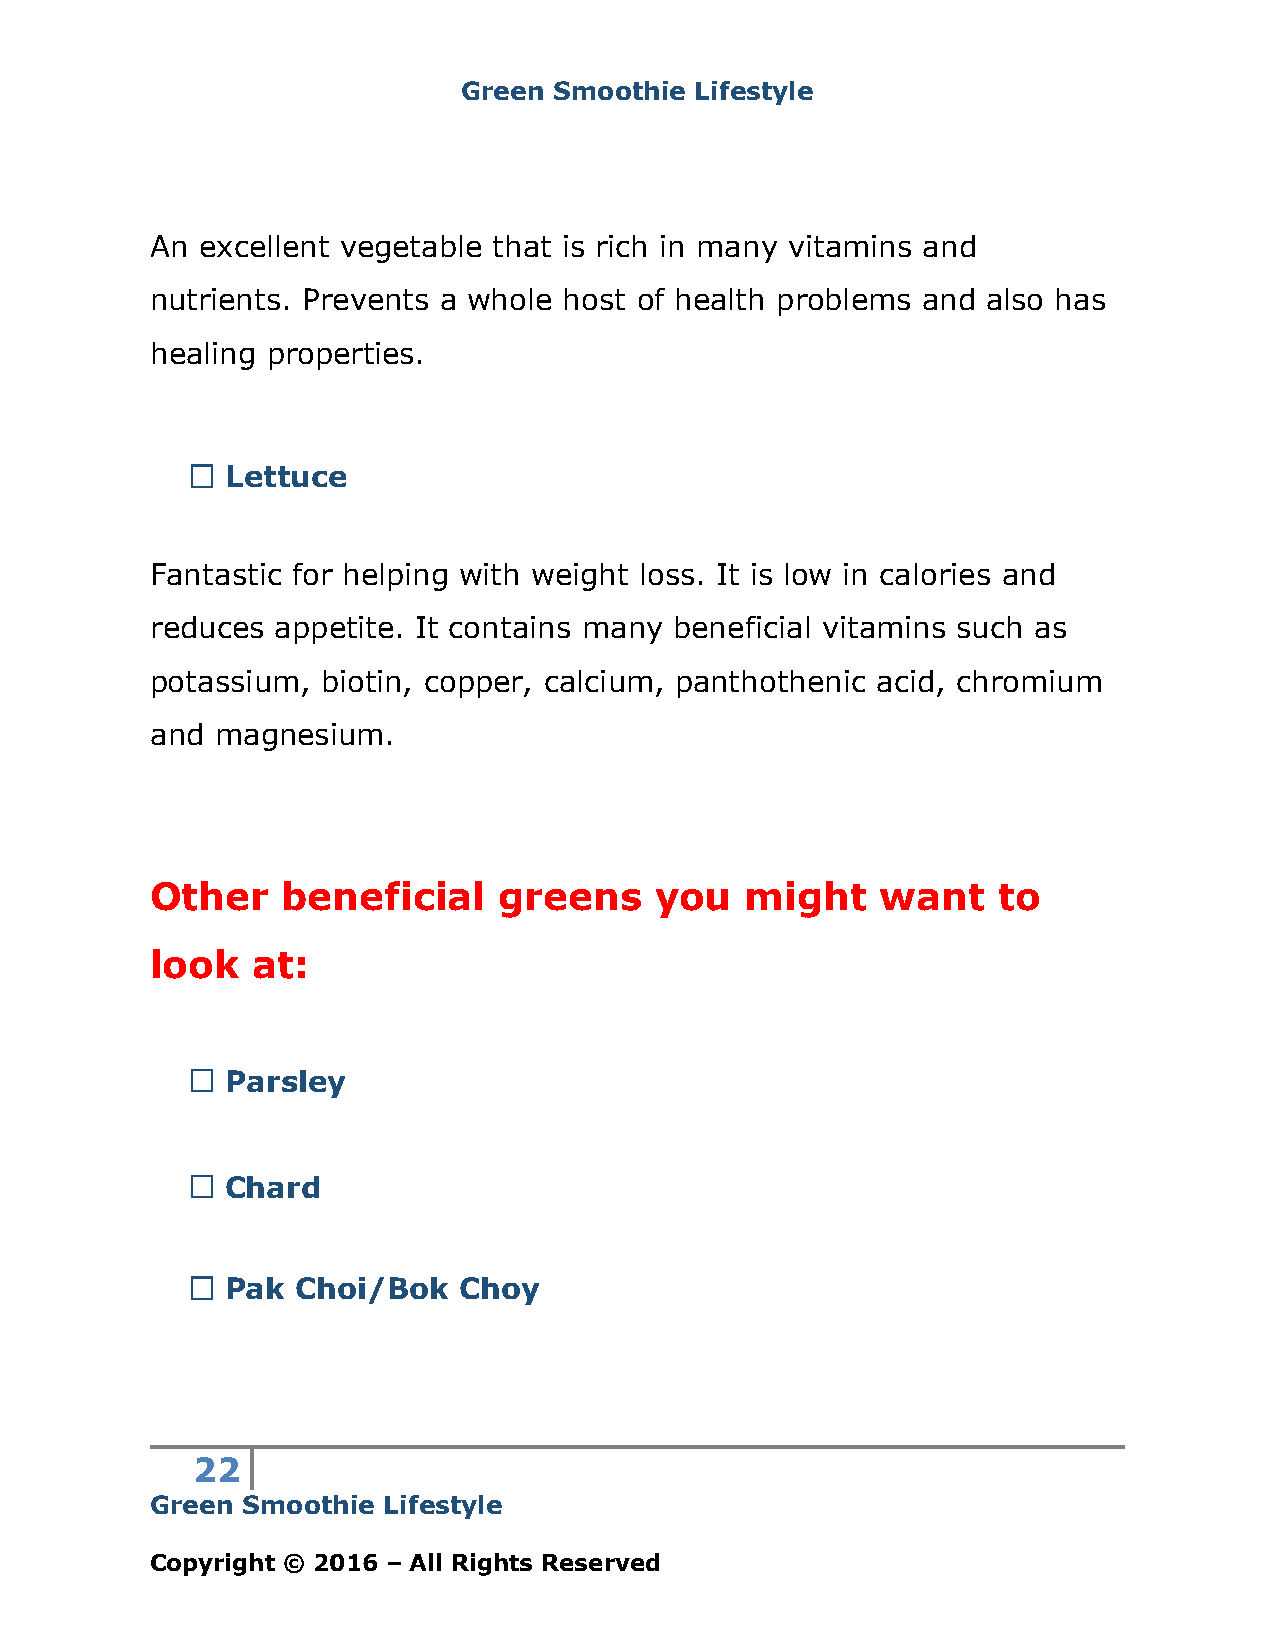
Green Smoothie Lifestyle
 An excellent vegetable that is rich in many vitamins and
 nutrients. Prevents a whole host of health problems and also has
 healing properties.
 Lettuce
 Fantastic for helping with weight loss. It is low in calories and
 reduces appetite. It contains many beneficial vitamins such as
 potassium, biotin, copper, calcium, panthothenic acid, chromium
 and magnesium.
 Other    beneficial    greens    you   might    want    to
 look   at:
 Parsley
 Chard
 Pak  Choi/Bok  Choy
 22
 Green Smoothie Lifestyle
 Copyright © 2016 – All Rights Reserved